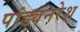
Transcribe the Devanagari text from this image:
पांड्यनरेश